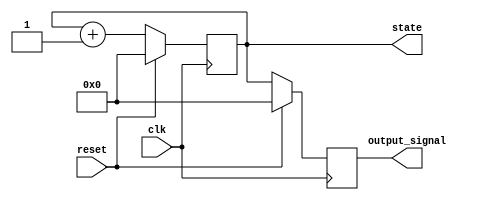
module reset_condition_example (
    input wire clk,         // Clock signal
    input wire reset,       // Reset signal (active high)
    output reg [7:0] state, // Example internal state register
    output reg [7:0] output_signal // Example output signal
);

// Initial values for state and output
initial begin
    state = 8'b00000000; // Default initial state
    output_signal = 8'b00000000; // Default output signal
end

// Synchronous reset behavior
always @(posedge clk) begin
    if (reset) begin
        // Reset condition: initialize state and outputs
        state <= 8'b00000000; // Reset state to zero
        output_signal <= 8'b00000000; // Reset output to zero
    end else begin
        // Normal operational logic (example)
        // Here, you could include your sequential logic updating state and output_signal
        // For example, incrementing state as a simple operation
        state <= state + 1; // Increment state on each clock cycle
        output_signal <= state; // Example logic to update output
    end
end

endmodule